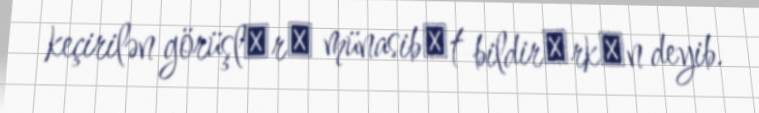
keçirilən görüşlәrә münasibәt bildirәrkәn deyib.